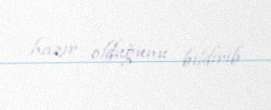
hazır olduğunu bildirib.